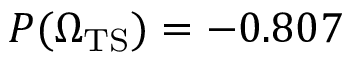
P ( { \Omega _ { \mathrm { T S } } ) } = - 0 . 8 0 7